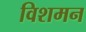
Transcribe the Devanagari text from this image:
विशमन